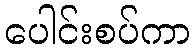
ပေါင်းစပ်ကာ